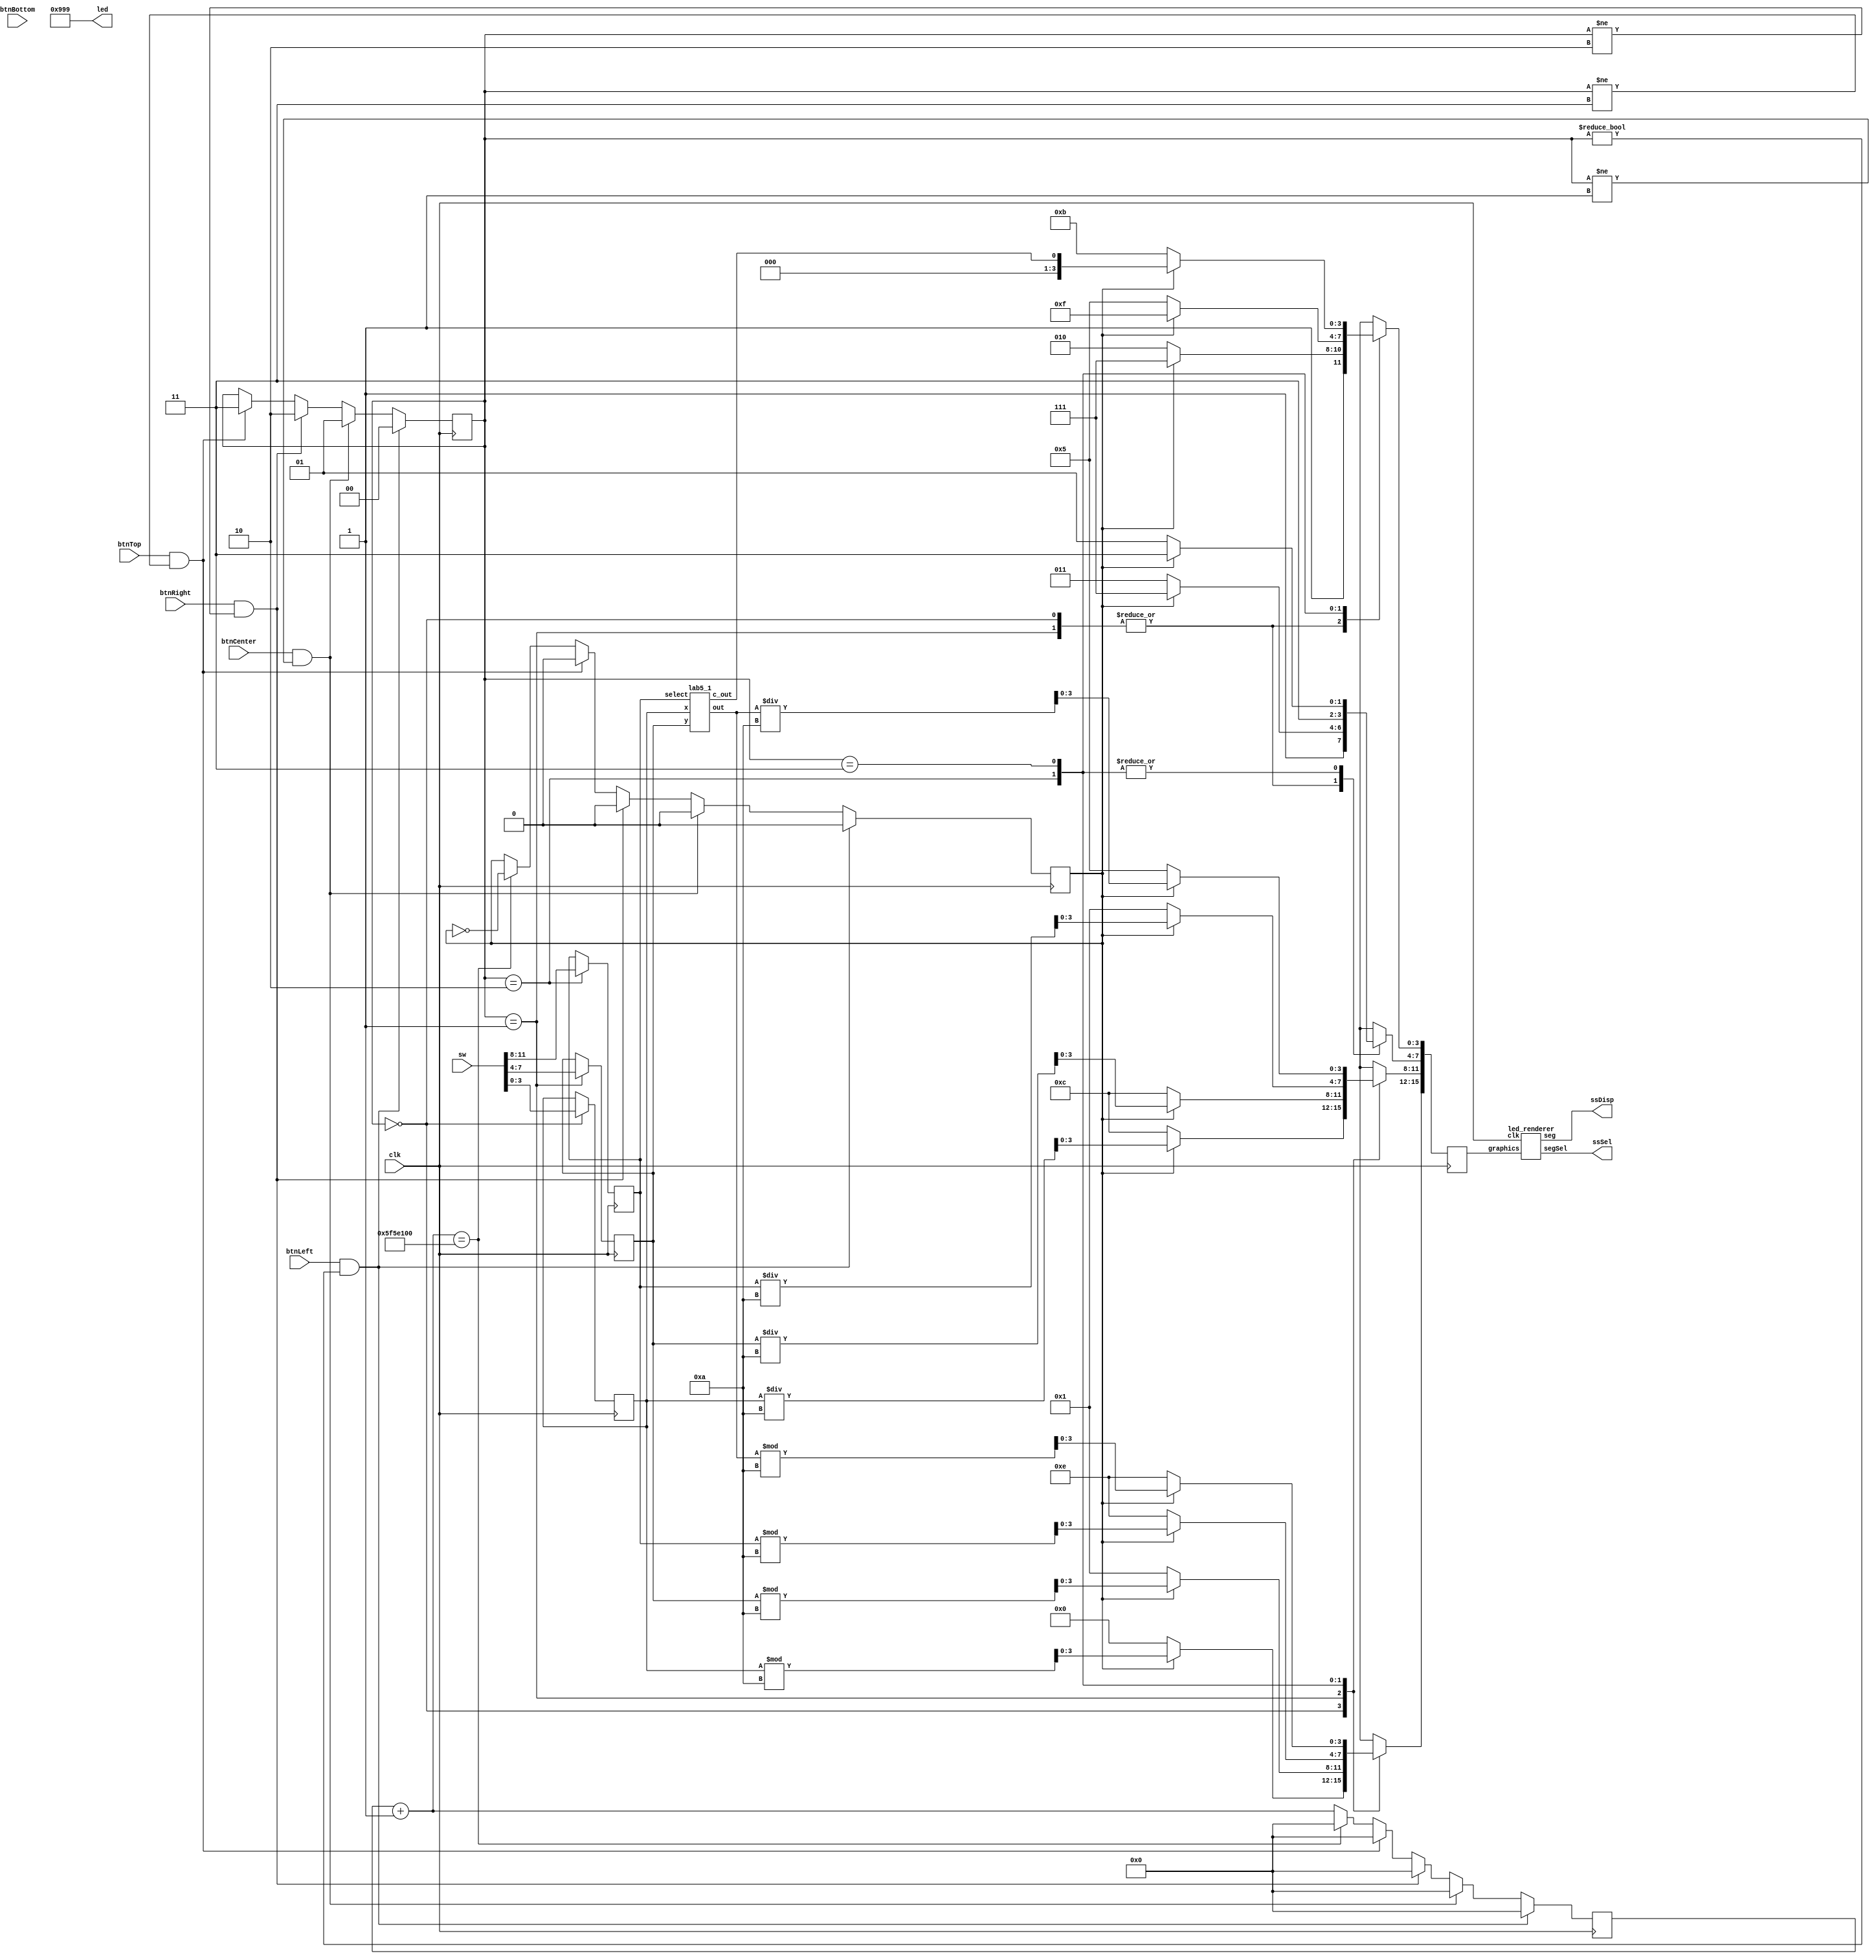
`timescale 1ns / 1ps

module lab5_fpga (
    input clk,
    input btnCenter,
    btnTop,
    btnBottom,
    btnLeft,
    btnRight,
    input [15:0] sw,
    output [3:0] ssSel,
    output [7:0] ssDisp,
    output [15:0] led
);
  parameter arg0_str = 16'b0000110010111010;
  parameter arg1_str = 16'b0001110010111010;
  parameter op_str = 16'b1110000111010101;
  parameter res_str = 16'b1110010111011011;

  reg [3:0] arg0, arg1, op;
  reg [31:0] counter;
  reg [15:0] gbuf;
  wire [3:0] res;
  wire c_out;
  reg [1:0] state;
  reg blinker;

  initial begin
    arg0 <= 0;
    arg1 <= 0;
    op <= 0;
    counter <= 0;
    gbuf <= 16'b1111111111111111;
    state <= 0;
    blinker <= 0;
  end

  assign led = 16'b0000100110011001;

  lab5_1 alu (
      .x(arg0),
      .y(arg1),
      .select(op),
      .out(res),
      .c_out(c_out)
  );

  led_renderer renderer (
      .graphics(gbuf),
      .clk(clk),
      .segSel(ssSel),
      .seg(ssDisp)
  );

  // state machine
  always @(posedge clk) begin
    counter = counter + 1;
    if (counter == 100000000) begin
      counter <= 0;
      blinker <= !blinker;
    end
    if (btnLeft && state != 0) begin
      state   <= 0;
      counter <= 0;
      blinker <= 0;
    end else if (btnCenter && state != 1) begin
      state   <= 1;
      counter <= 0;
      blinker <= 0;
    end else if (btnRight && state != 2) begin
      state   <= 2;
      counter <= 0;
      blinker <= 0;
    end else if (btnTop && state != 3) begin
      state   <= 3;
      counter <= 0;
      blinker <= 0;
    end
  end

  // value change
  always @(posedge clk) begin
    case (state)
      0: arg0 <= sw[3:0];
      1: arg1 <= sw[7:4];
      2: op <= sw[11:8];
    endcase
  end

  // graphics buffer
  always @(posedge clk) begin
    case (state)
      0:
      if (blinker) begin
        gbuf[3:0]   <= 4'b1111;
        gbuf[7:4]   <= 4'b1111;
        gbuf[11:8]  <= (arg0 / 10);
        gbuf[15:12] <= (arg0 % 10);
      end else begin
        gbuf <= arg0_str;
      end
      1:
      if (blinker) begin
        gbuf[3:0]   <= 4'b1111;
        gbuf[7:4]   <= 4'b1111;
        gbuf[11:8]  <= (arg1 / 10);
        gbuf[15:12] <= (arg1 % 10);
      end else begin
        gbuf <= arg1_str;
      end
      2:
      if (blinker) begin
        gbuf[3:0]   <= 4'b1111;
        gbuf[7:4]   <= 4'b1111;
        gbuf[11:8]  <= (op / 10);
        gbuf[15:12] <= (op % 10);
      end else begin
        gbuf <= op_str;
      end
      3:
      if (blinker) begin
        gbuf[3:0]   <= c_out;
        gbuf[7:4]   <= 4'b1111;
        gbuf[11:8]  <= (res / 10);
        gbuf[15:12] <= (res % 10);
      end else begin
        gbuf <= res_str;
      end
    endcase
  end
endmodule


module lab5_1 (
    input [3:0] x,
    y,
    input [3:0] select,
    output [3:0] out,
    output c_out
);
  assign c_out = (x + y) | select;
  assign out   = x + y;
endmodule


module led_renderer (
    input [15:0] graphics,
    input clk,
    output reg [3:0] segSel,
    output reg [7:0] seg
);
  integer counter;
  wire [7:0] res0, res1, res2, res3;

  initial begin
    counter <= 0;
    segSel <= 14;
    seg <= 8'b11111111;
  end

  bcd_to_7seg pos0 (
      .bcd(graphics[3:0]),
      .seg(res0)
  );
  bcd_to_7seg pos1 (
      .bcd(graphics[7:4]),
      .seg(res1)
  );
  bcd_to_7seg pos2 (
      .bcd(graphics[11:8]),
      .seg(res2)
  );
  bcd_to_7seg pos3 (
      .bcd(graphics[15:12]),
      .seg(res3)
  );

  always @(posedge clk) begin
    counter <= counter + 1;
    if (counter == 100000) begin
      counter <= 0;
      case (segSel)
        14: begin
          segSel <= 13;
          seg <= res1;
        end
        13: begin
          segSel <= 11;
          seg <= res2;
        end
        11: begin
          segSel <= 7;
          seg <= res3;
        end
        7: begin
          segSel <= 14;
          seg <= res0;
        end
      endcase
    end
  end
endmodule


module bcd_to_7seg (
    input [3:0] bcd,
    output reg [7:0] seg
);

  always @(*) begin
    // dot, center, tl, bl, b, br, tr, t
    case (bcd)
      4'b0000: seg = 8'b11000000;  // 0
      4'b0001: seg = 8'b11111001;  // 1
      4'b0010: seg = 8'b10100100;  // 2
      4'b0011: seg = 8'b10110000;  // 3
      4'b0100: seg = 8'b10011001;  // 4
      4'b0101: seg = 8'b10010010;  // 5
      4'b0110: seg = 8'b10000010;  // 6
      4'b0111: seg = 8'b11111000;  // 7
      4'b1000: seg = 8'b10000000;  // 8
      4'b1001: seg = 8'b10010000;  // 9
      4'b1010: seg = 8'b10001000;  // A
      4'b1011: seg = 8'b10101111;  // r
      4'b1100: seg = 8'b11000010;  // g
      4'b1101: seg = 8'b10000110;  // E
      4'b1110: seg = 8'b10110111;  // =
      4'b1111: seg = 8'b11111111;  // off
      default: seg = 8'b11111111;
    endcase
  end
endmodule